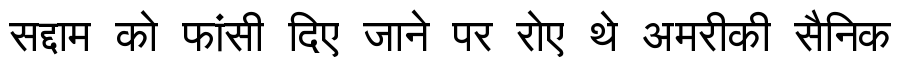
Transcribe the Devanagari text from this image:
सद्दाम को फांसी दिए जाने पर रोए थे अमरीकी सैनिक